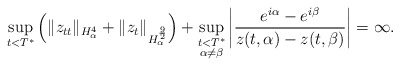
\begin{align*}\sup_{t< T^*}\left(\|z_{tt}\|_{H_\alpha^{4}}+\|z_t\|_{H_\alpha^\frac{9}{2}}\right)+\sup_{\substack{t< T^*\\ \alpha\neq\beta}}\left|\frac{e^{i\alpha}-e^{i\beta}}{z(t,\alpha)-z(t,\beta)}\right|=\infty.\end{align*}